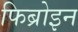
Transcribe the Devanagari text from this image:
फिब्रोइन